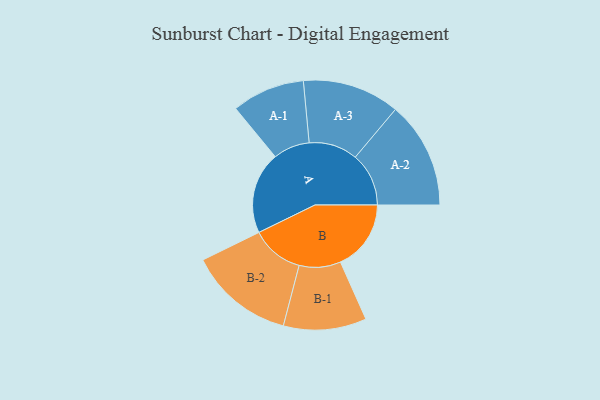
{"axis": {"x": "Segment", "y": "Value"}, "legend": ["", "A", "B"], "data": [{"x": "A", "y": 445, "type": ""}, {"x": "B", "y": 383, "type": ""}, {"x": "A-1", "y": 198, "type": "A"}, {"x": "A-2", "y": 290, "type": "A"}, {"x": "A-3", "y": 264, "type": "A"}, {"x": "B-1", "y": 225, "type": "B"}, {"x": "B-2", "y": 286, "type": "B"}]}